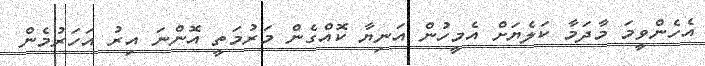
އެހެންވީމަ މާދަމާ ކަލެޔަށް އެމީހުން އަނިޔާ ކޮއްގެން މަރުމަތީ އޮންނަ އިރު އަހަރުމެން